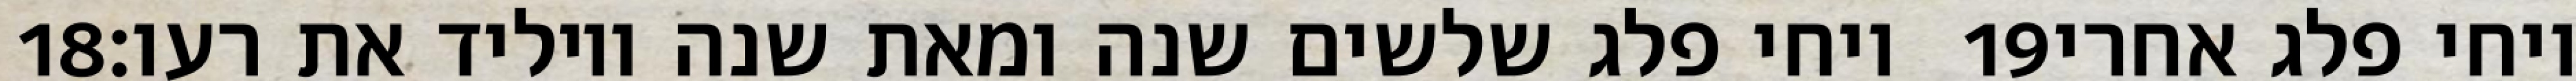
‎18‏ ויחי פלג שלשים שנה ומאת שנה ויוליד את רעו׃ ‎19‏ ויחי פלג אחרי